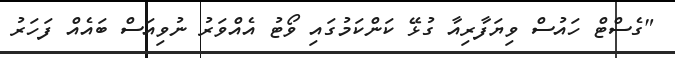
"ގެސްޓް ހައުސް ވިޔަފާރިއާ ގުޅޭ ކަންކަމުގައި ވޯޓު އެއްވަރު ނުވިއަސް ބައެއް ފަހަރު